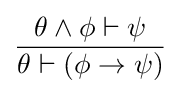
{\frac {\theta \wedge \phi \vdash \psi }{\theta \vdash \left(\phi \rightarrow \psi \right)}}